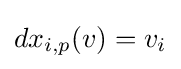
dx_{i,p}(v)=v_{i}